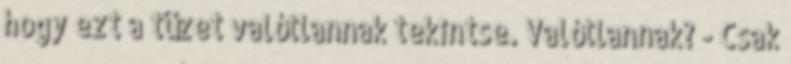
hogy ezt a tüzet valótlannak tekintse. Valótlannak? - Csak